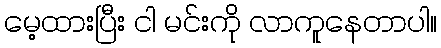
မေ့ထားပြီး ငါ မင်းကို လာကူနေတာပါ။